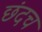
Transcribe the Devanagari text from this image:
छंदच